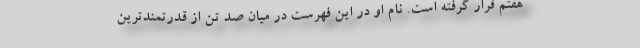
هفتم قرار گرفته است. نام او در این فهرست در میان صد تن از قدرتمندترین